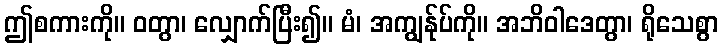
ဤစကားကို။ ဝတွာ၊ လျှောက်ပြီး၍။ မံ၊ အကျွန်ုပ်ကို။ အဘိဝါဒေတွာ၊ ရိုသေစွာ